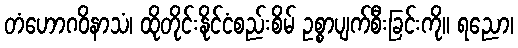
တံဟောဂဝိနာသံ၊ ထိုတိုင်းနိုင်ငံစည်းစိမ် ဥစ္စာပျက်စီးခြင်းကို။ ရညော၊